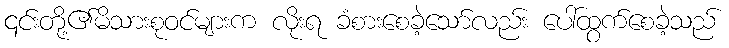
၎င်းတို့၏မိသားစုဝင်များက လိုးရ ခံစားစေခဲ့သော်လည်း ပေါ်ထွက်စေခဲ့သည်